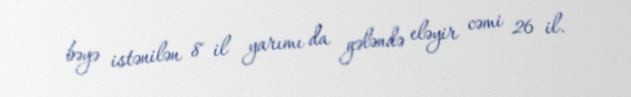
bəyə istənilən 8 il yarımı da gələndə eləyir cəmi 26 il.